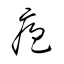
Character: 疱